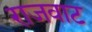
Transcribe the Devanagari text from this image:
राजवाट